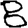
Digit: 8